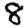
Digit: 8